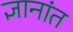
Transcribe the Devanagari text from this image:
ज्ञानांत